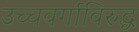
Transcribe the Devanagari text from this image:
उच्चवर्गाविरुद्ध